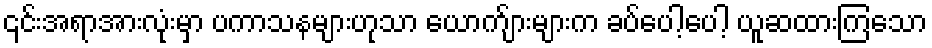
၎င်းအရာအားလုံးမှာ ပကာသနများဟုသာ ယောက်ျားများက ခပ်ပေါ့ပေါ့ ယူဆထားကြသော